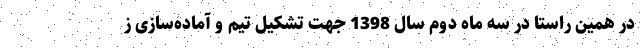
در همین راستا در سه ماه دوم سال 1398 جهت تشکیل تیم و آماده‌سازی ز